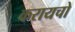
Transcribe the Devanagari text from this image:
करायचो